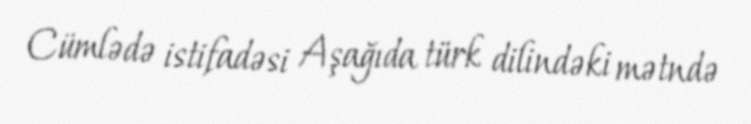
Cümlədə istifadəsi Aşağıda türk dilindəki mətndə